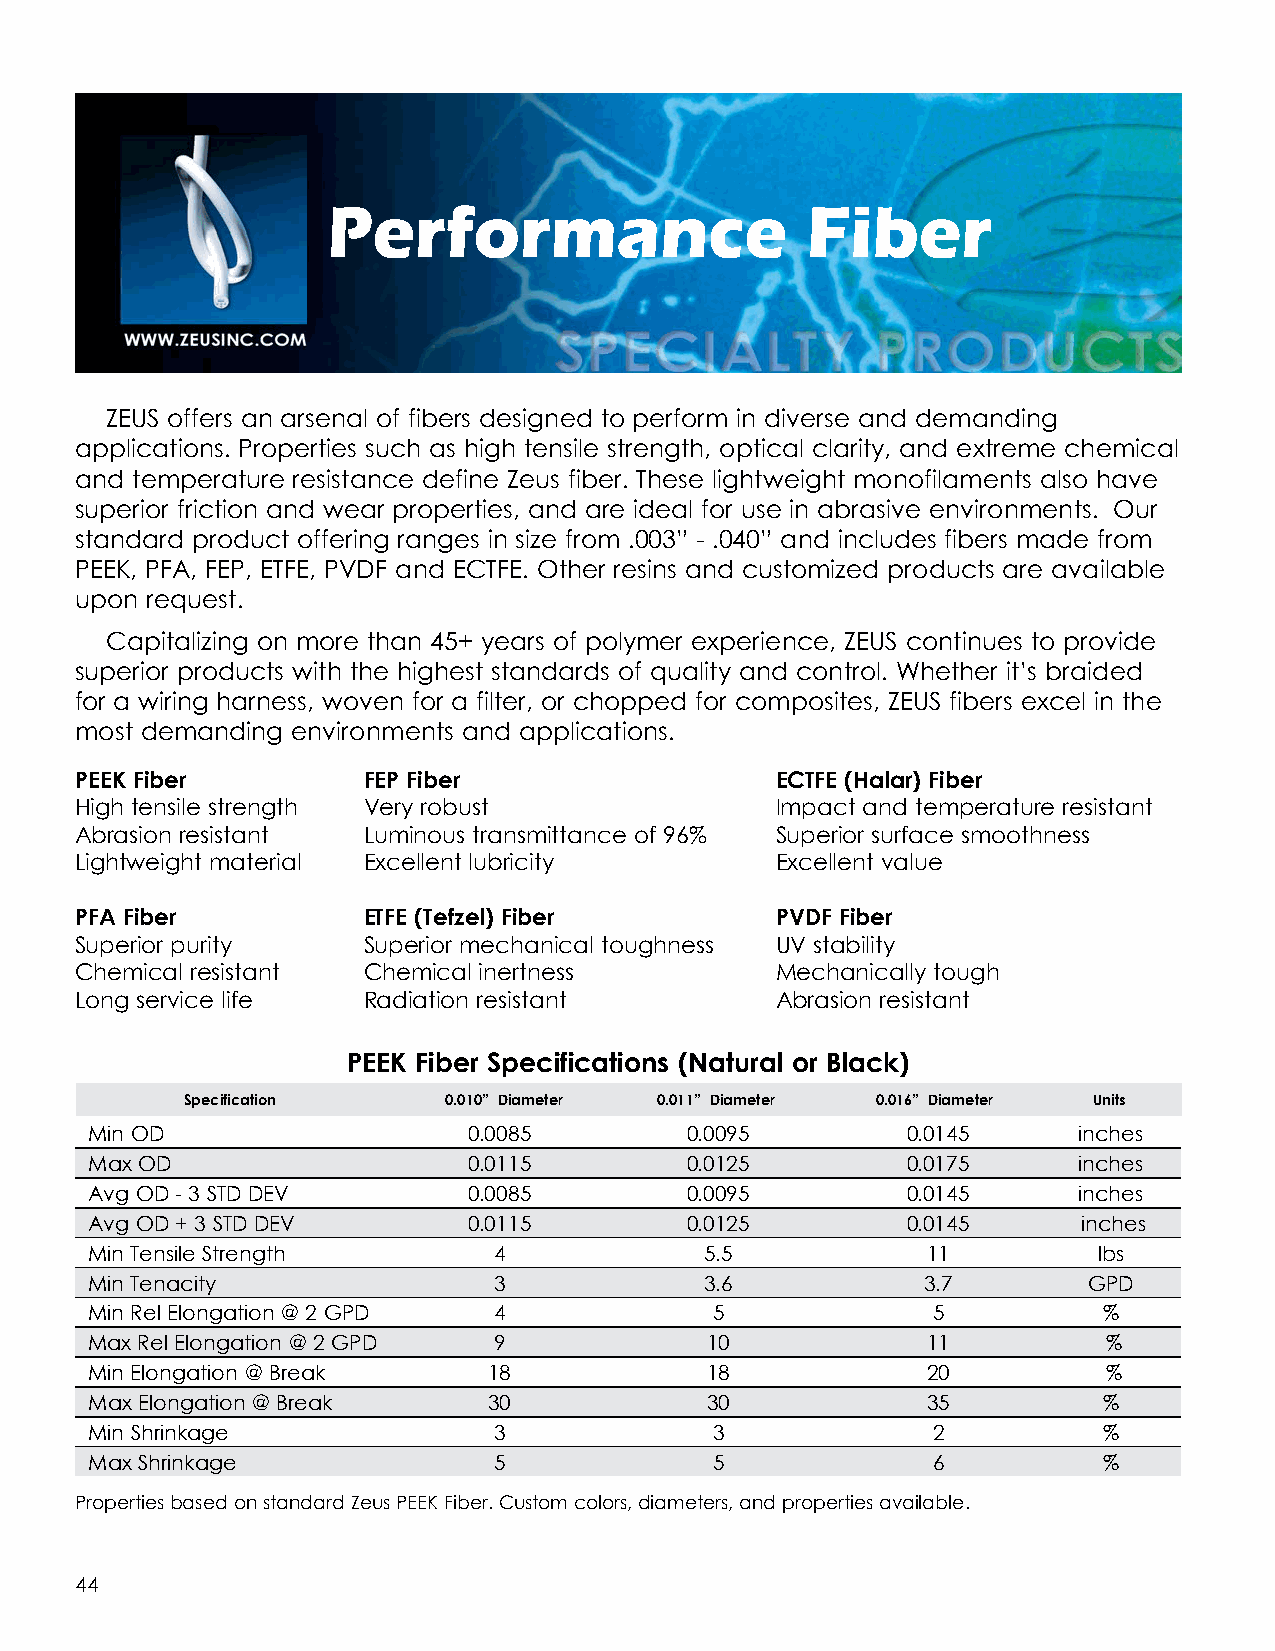
Performance                    Fiber
 ZEUS offers an arsenal of fibers designed to perform in diverse and demanding
 applications. Properties such as high tensile strength, optical clarity, and extreme chemical
 and temperature resistance define Zeus fiber. These lightweight monofilaments also have
 superior friction and wear properties, and are ideal for use in abrasive environments. Our
 standard product offering ranges in size from .003” - .040” and includes fibers made from
 PEEK, PFA, FEP, ETFE, PVDF and ECTFE. Other resins and customized products are available
 upon request.
 Capitalizing on more than 45+ years of polymer experience, ZEUS continues to provide
 superior products with the highest standards of quality and control. Whether it’s braided
 for a wiring harness, woven for a filter, or chopped for composites, ZEUS fibers excel in the
 most demanding environments and applications.
 PEEK Fiber         FEP Fiber                  ECTFE (Halar) Fiber
 High tensile strength Very robust             Impact and temperature resistant
 Abrasion resistant Luminous transmittance of 96% Superior surface smoothness
 Lightweight material Excellent lubricity      Excellent value
 PFA Fiber          ETFE (Tefzel) Fiber        PVDF Fiber
 Superior purity    Superior mechanical toughness UV stability
 Chemical resistant Chemical inertness         Mechanically tough
 Long service life  Radiation resistant        Abrasion resistant
 PEEK Fiber Specifications (Natural or Black)
 Specification    0.010” Diameter 0.011” Diameter 0.016” Diameter Units
 Min OD                   0.0085        0.0095         0.0145     inches
 Max OD                   0.0115        0.0125         0.0175     inches
 Avg OD - 3 STD DEV       0.0085        0.0095         0.0145     inches
 Avg OD + 3 STD DEV       0.0115        0.0125         0.0145      inches
 Min Tensile Strength       4             5.5           11          lbs
 Min Tenacity               3             3.6           3.7        GPD
 Min Rel Elongation @ 2 GPD 4             5              5          %
 Max Rel Elongation @ 2 GPD 9             10            11          %
 Min Elongation @ Break    18             18            20          %
 Max Elongation @ Break    30             30            35          %
 Min Shrinkage              3             3              2          %
 Max Shrinkage              5             5              6          %
 Properties based on standard Zeus PEEK Fiber. Custom colors, diameters, and properties available.
 44